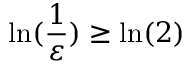
\ln ( \frac { 1 } { \varepsilon } ) \geq \ln ( 2 )